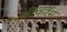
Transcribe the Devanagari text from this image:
कोंफरेंस